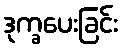
ဒုက္ခပေးခြင်း